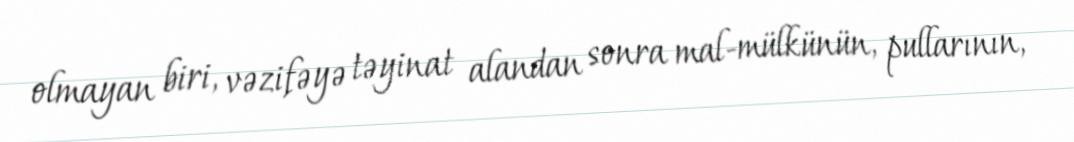
olmayan biri, vəzifəyə təyinat alandan sonra mal-mülkünün, pullarının,